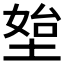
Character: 𰊀